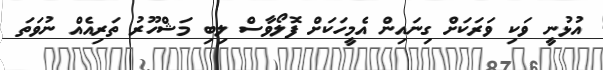
އުޅުނީ ވަކި ވަރަކަށް ގިނައިން އެމީހަކަށް ފޮލޯވާސް ލިބި މަޝްހޫރު ތަރިއެއް ނުވަތަ